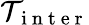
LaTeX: \mathcal{T}_{\mathrm{~i~n~t~e~r~}}